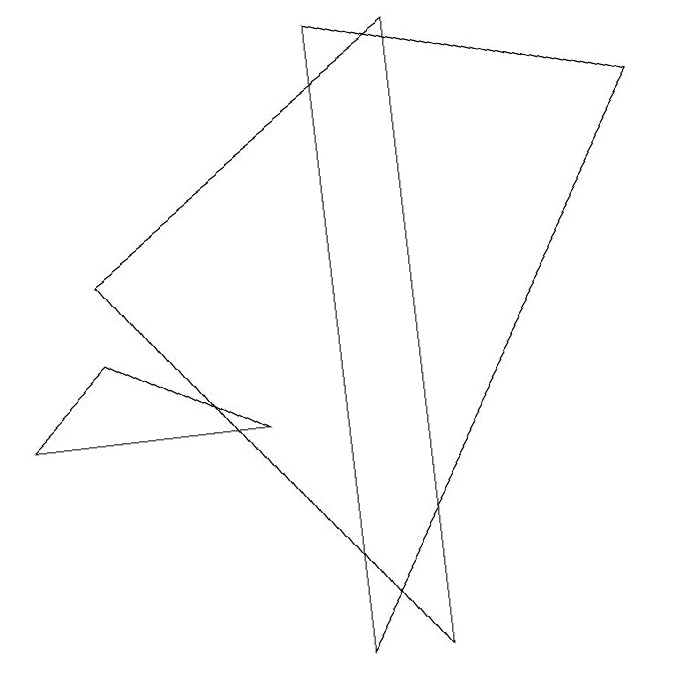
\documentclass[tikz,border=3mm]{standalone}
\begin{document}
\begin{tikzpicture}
\draw (4,3) -- (1,3) -- (2,4) -- cycle;
\draw (6,0) -- (2,5) -- (6,8) -- cycle;
\draw (9,7) -- (5,8) -- (5,0) -- cycle;
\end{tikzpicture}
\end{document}